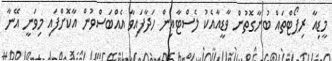
މީޑިއާ ރިޕޯޓްތައް ބުނާގޮތުން ވާޑީއާއެކު ލެސްޓާއިން ހަދާފައިވާ އެއްބަސްވުން އާކޮށްފައި މިވަނީ އޭނާ